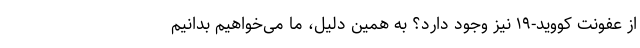
از عفونت کووید-۱۹ نیز وجود دارد؟ به همین دلیل، ما می‌خواهیم بدانیم